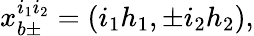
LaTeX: x_{b\pm}^{i_{1}i_{2}}=(i_{1}h_{1},\pm i_{2}h_{2}),